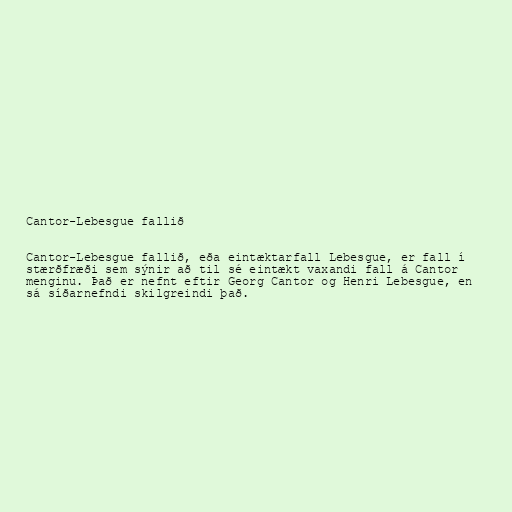
Cantor-Lebesgue fallið

Cantor-Lebesgue fallið, eða eintæktarfall Lebesgue, er fall í
stærðfræði sem sýnir að til sé eintækt vaxandi fall á Cantor
menginu. Það er nefnt eftir Georg Cantor og Henri Lebesgue, en
sá síðarnefndi skilgreindi það.